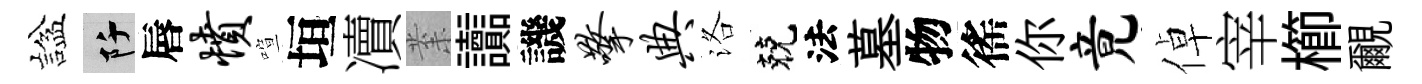
諡阡唇愤喧垣凟𭪙讟譏擎典洛兢法墓物徭你竟倬宰櫛覼